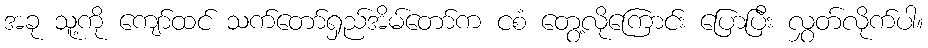
အခု သူ့ကို ကျော်ထင် သက်တော်ရှည်အိမ်တော်က ငစံ တွေ့လိုကြောင်း ပြောပြီး လွှတ်လိုက်ပါ။